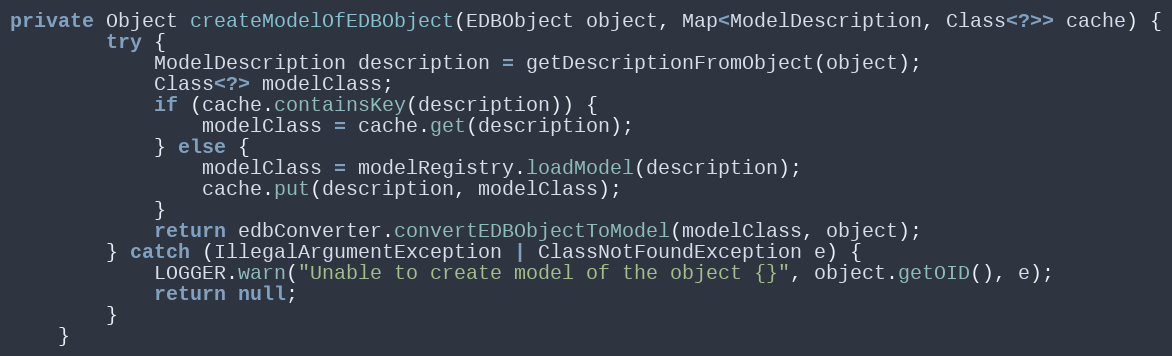
Language: Java
private Object createModelOfEDBObject(EDBObject object, Map<ModelDescription, Class<?>> cache) {
        try {
            ModelDescription description = getDescriptionFromObject(object);
            Class<?> modelClass;
            if (cache.containsKey(description)) {
                modelClass = cache.get(description);
            } else {
                modelClass = modelRegistry.loadModel(description);
                cache.put(description, modelClass);
            }
            return edbConverter.convertEDBObjectToModel(modelClass, object);
        } catch (IllegalArgumentException | ClassNotFoundException e) {
            LOGGER.warn("Unable to create model of the object {}", object.getOID(), e);
            return null;
        }
    }